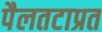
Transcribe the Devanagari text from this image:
पैलतटाप्रत